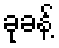
ခုခန့်